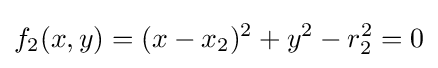
f_{2}(x,y)=(x-x_{2})^{2}+y^{2}-r_{2}^{2}=0